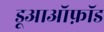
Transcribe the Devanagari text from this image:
डूआऑफ़ॉड